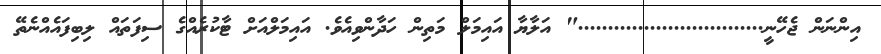
އިންނަން ޖެހޭނީ..............................." އަލާޔާ އައިމަލް މަތިން ހަދާންވިއެވެ. އައިމަލްއަށް ޓާކުރެއްގެ ސިފަތައް ލިބިފައެއްނެތޭ